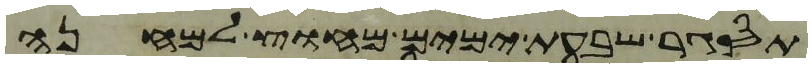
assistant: תסגר שבעת ימים מחוץ למחנה